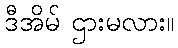
ဒီအိမ် ဌားမလား။